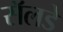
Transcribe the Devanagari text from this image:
सॅलडे